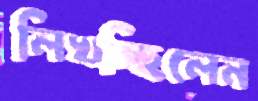
লিখচ্ছিলেন